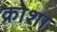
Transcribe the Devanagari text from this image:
क्रोशा